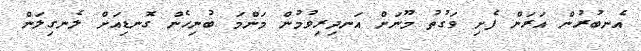
އެނބުރުން އަރަން ފެށި ވަގުތު މޫނަށް އަނދިރިވުމުން މަންމަ ބުނިހެން ގޮނޑިއަށް ލެނގިލަން